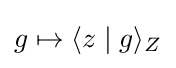
g\mapsto \langle z\mid g\rangle _{Z}